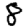
Digit: 8